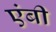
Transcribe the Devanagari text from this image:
एंबी